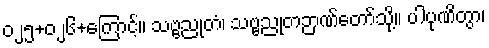
၀၂၅+၀၂၆+ကြောင့်။ သဗ္ဗညုတံ၊ သဗ္ဗညုတဉာဏ်တော်သို့။ ပါပုဏိတွာ၊